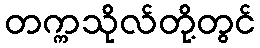
တက္ကသိုလ်တို့တွင်